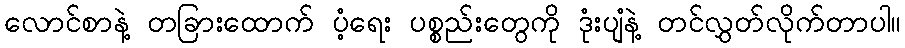
လောင်စာနဲ့ တခြားထောက် ပံ့ရေး ပစ္စည်းတွေကို ဒုံးပျံနဲ့ တင်လွှတ်လိုက်တာပါ။